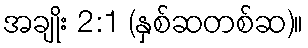
အချိုး 2:1 (နှစ်ဆတစ်ဆ)။